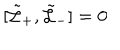
[ \tilde { \cal L } _ { + } , \tilde { \cal L } _ { - } ] = 0